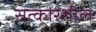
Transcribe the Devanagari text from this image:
सत्कारशील